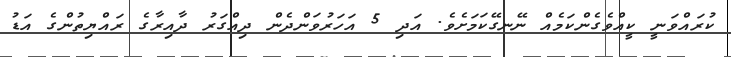
ކުރައްވަނީ ކީއްވެގެންކަމެއް ނޭނގޭކަމަށެވެ. އަދި 5 އަހަރުވަންދެން ދިއްގަރު ދާއިރާގެ ރައްޔިތުންގެ އަޑު